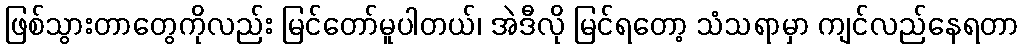
ဖြစ်သွားတာတွေကိုလည်း မြင်တော်မူပါတယ်၊ အဲဒီလို မြင်ရတော့ သံသရာမှာ ကျင်လည်နေရတာ